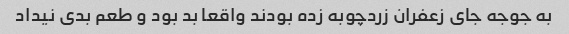
به جوجه جای زعفران زردچوبه زده بودند واقعا بد بود و طعم بدی نیداد